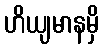
ဟိယျမာနမှိ